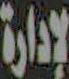
لإدارة